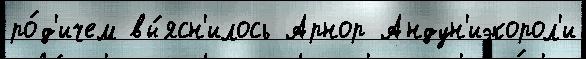
ро́д'ичем вы́ясн'илось Арнор Андун'иэкорол'и